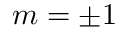
m = \pm 1